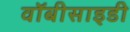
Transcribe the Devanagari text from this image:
वॉबीसाइडी